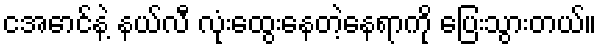
ငအောင်နဲ့ နယ်လီ လုံးထွေးနေတဲ့နေရာကို ပြေးသွားတယ်။